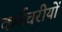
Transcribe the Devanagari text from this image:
कर्मचरीयों